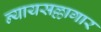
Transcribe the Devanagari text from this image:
न्यायसल्लागार